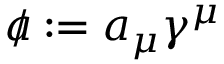
a \! \! \! / : = a _ { \mu } \gamma ^ { \mu }